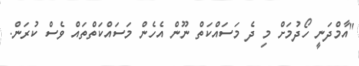
"އާމްދަނީ ހޯދުމަށް މި ދެ މަސައްކަތް ނޫން އެހެން މަސައްކަތްތައް ވެސް ކުރަން.